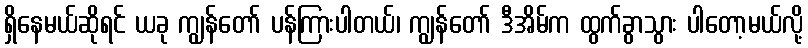
ရှိနေမယ်ဆိုရင် ယခု ကျွန်တော် ပန်ကြားပါတယ်၊ ကျွန်တော် ဒီအိမ်က ထွက်ခွာသွား ပါတော့မယ်လို့